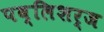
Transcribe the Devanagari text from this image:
पब्लिशर्ज